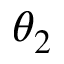
\theta _ { 2 }